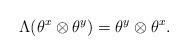
LaTeX: \begin{align*}\Lambda(\theta^x \otimes \theta^y) = \theta^y \otimes\theta^x .\end{align*}